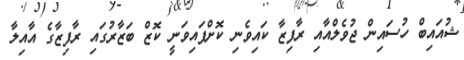
ޝުއައިބް ހުސައިން ޖުވެލްއާއި ރާފިޒާ ކައިވެނި ކޮށްފައިވަނީ ކޮޒް ބަޒާރުގައި ރާފިޒާގެ އާއިލާ